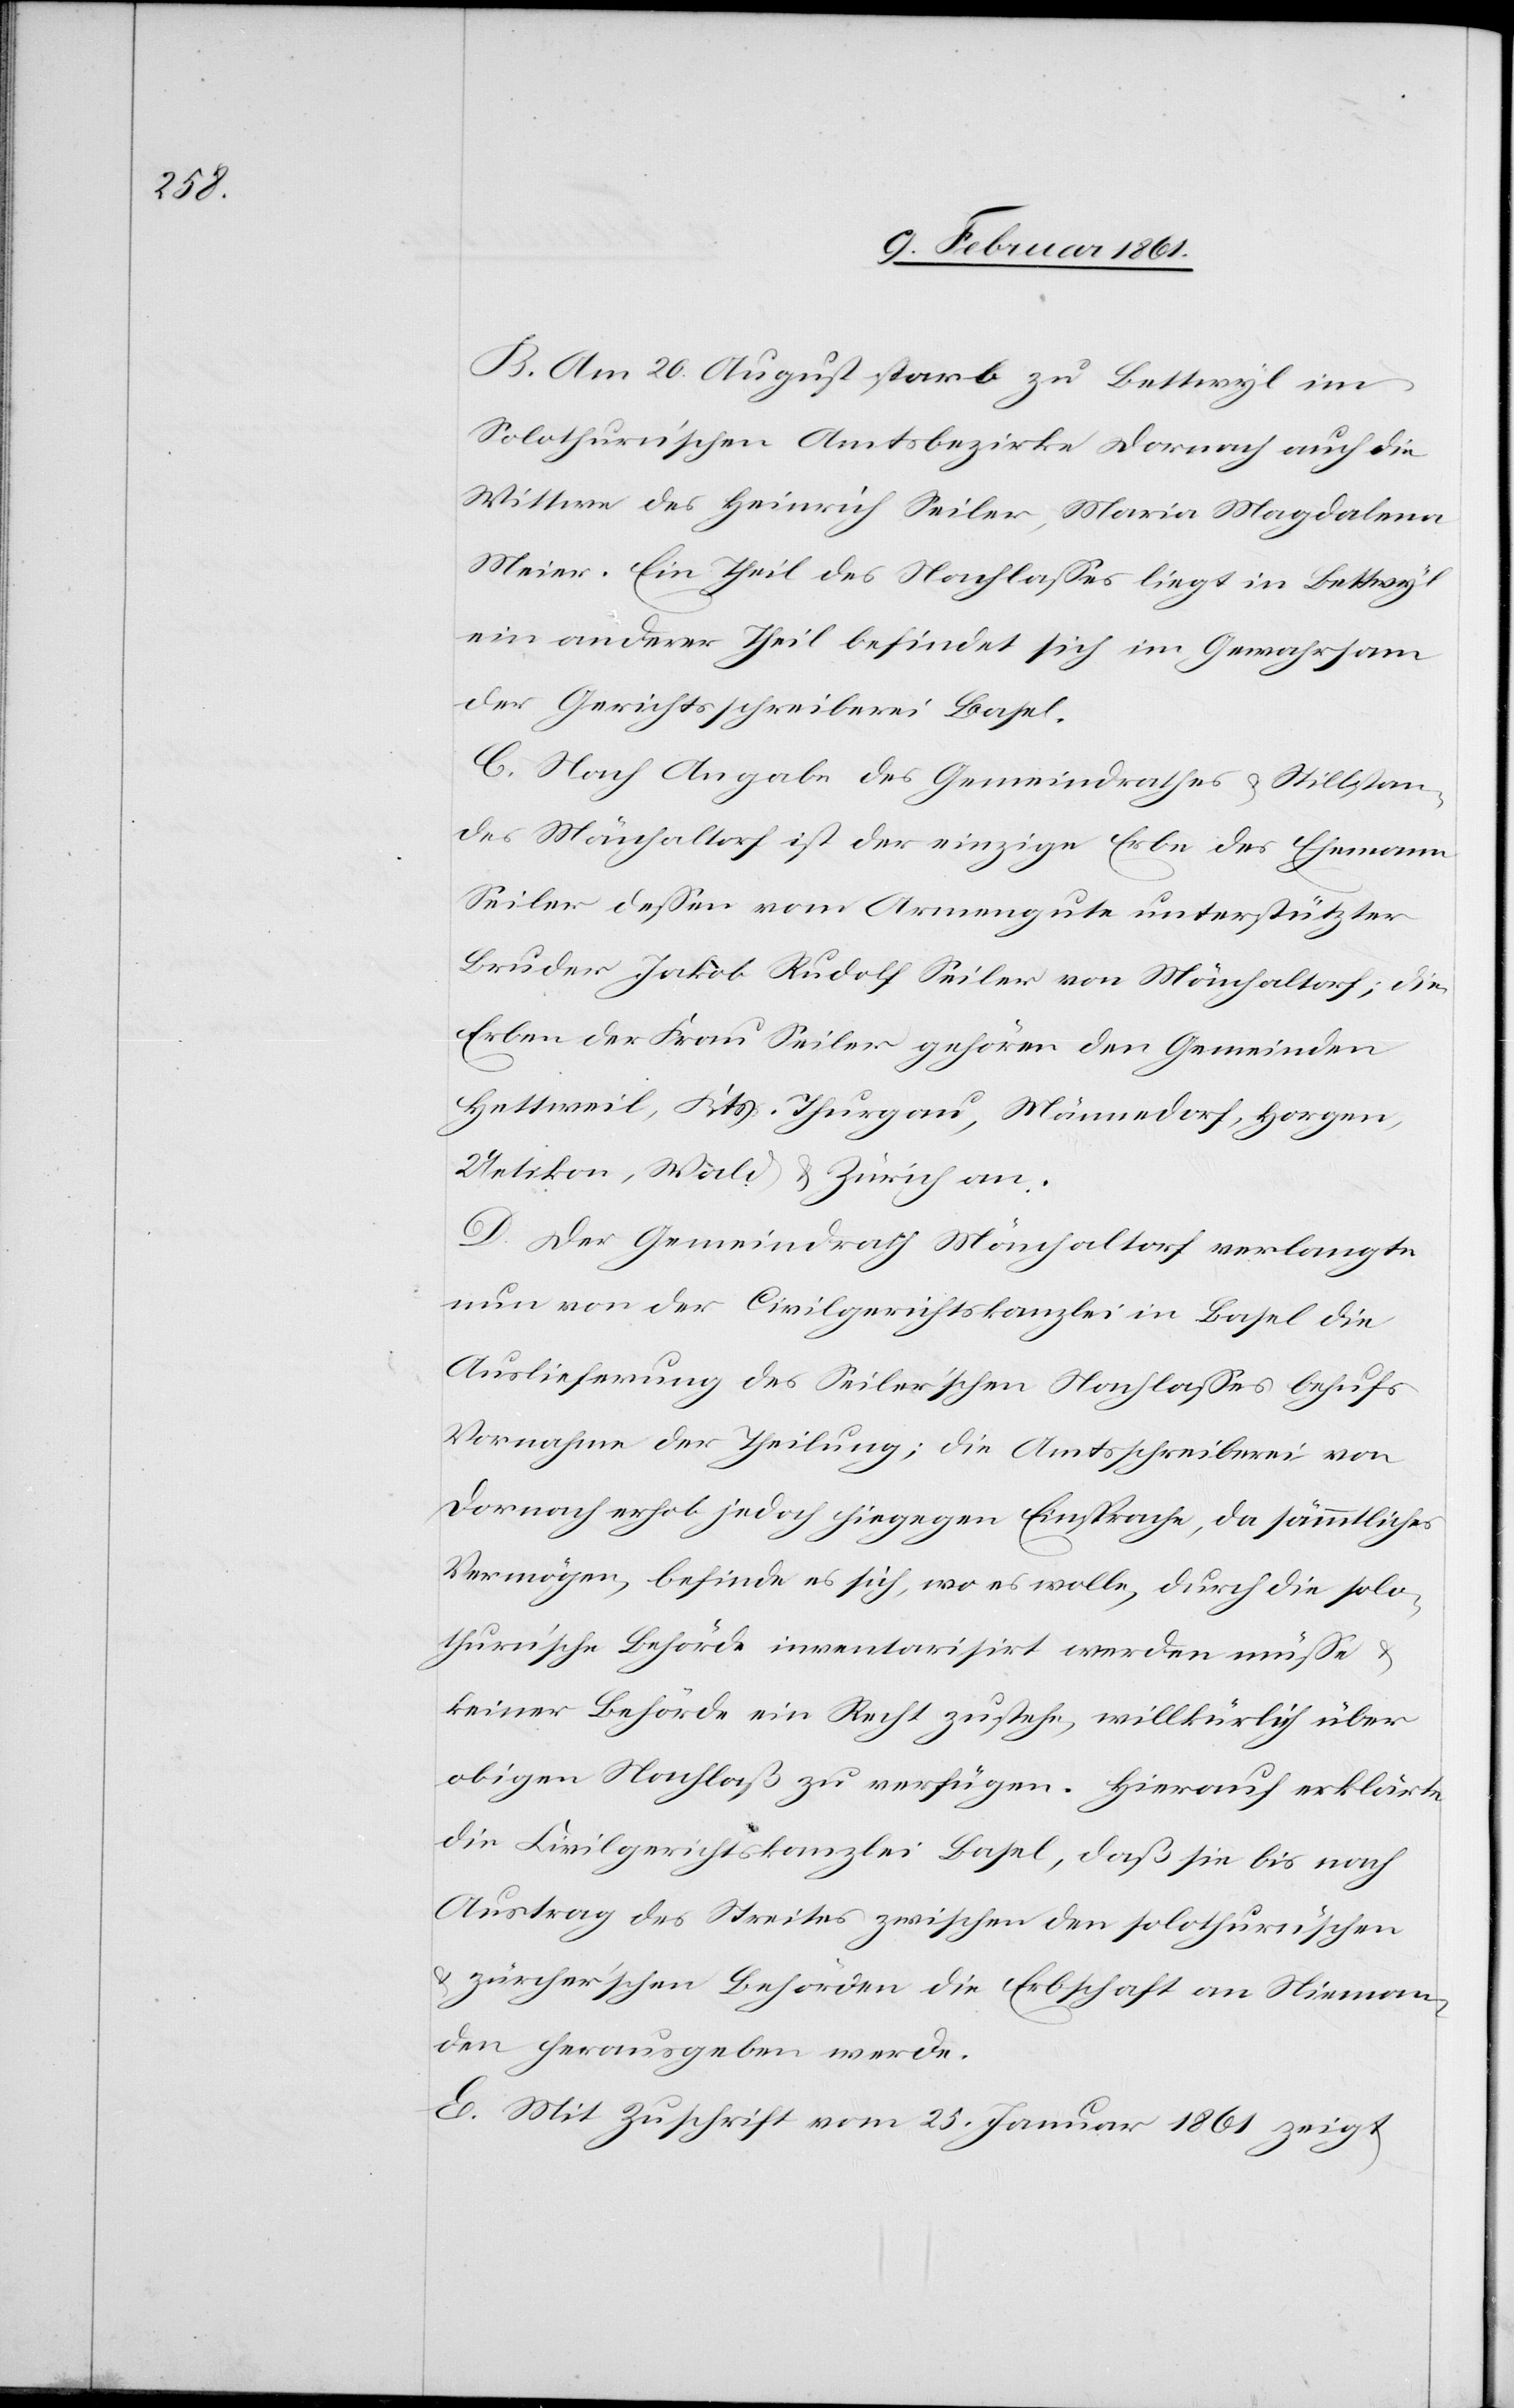
B. Am 20. August starb zu Bettwyl im
Solothurn’schen Amtsbezirke Darnach auch die
Wittwe des Heinrich Seiler, Maria Magdalena
Meier. Ein Theil des Nachlasses liegt in Bettwyl
ein anderer Theil befindet sich im Gewahrsam
der Gerichtsschreiberei Basel.
C. Nach Angabe des Gemeindrathes u. Stillstan¬
des Mönchaltorf ist der einzige Erbe des Ehemann
Seiler dessen vom Armengute unterstützter
Bruder Jakob Rudolf Seiler von Mönchaltorf; die
Erben der Frau Seiler gehören den Gemeinden
Hettweil, Kts. Thurgau, Männedorf, Horgen,
Uetikon, Wald u. Zürich an.
D. Der Gemeindrath Mönchaltorf verlangte
nun von der Civilgerichtskanzlei in Basel die
Auslieferung des Seiler’schen Nachlasses behufs
Vornahme der Theilung; die Amtsschreiberei von
Dornach erhob jedoch hiegegen Einsprache, da sämmtliches
Vermögen, befinde es sich, wo es wolle, durch die solo¬
thurn’sche Behörde inventarisirt werden müsse
keiner Behörde ein Recht zustehe, willkürlich über
obigen Nachlaß zu verfügen. Hierauf erklärte
die Civilgerichtskanzlei Basel, daß sie bis nach
Austrag des Streites zwischen den solothurn’schen
u. zürcher’schen Behörden die Erbschaft an Nieman¬
den herausgeben werde.
E. Mit Zuschrift vom 25. Januar 1861 zeigt